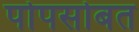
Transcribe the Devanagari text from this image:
पोपसोबत